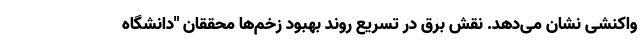
واکنشی نشان می‌دهد. نقش برق در تسریع روند بهبود زخم‌ها محققان "دانشگاه